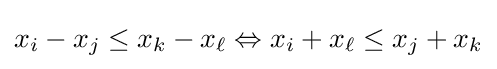
x_{i}-x_{j}\leq x_{k}-x_{\ell }\Leftrightarrow x_{i}+x_{\ell }\leq x_{j}+x_{k}